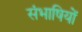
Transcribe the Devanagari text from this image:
संभाषियों